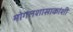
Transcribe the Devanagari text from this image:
मोगलशासाकांशी